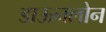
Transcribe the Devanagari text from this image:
डाऊनलोन